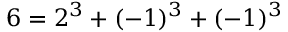
6 = 2 ^ { 3 } + ( - 1 ) ^ { 3 } + ( - 1 ) ^ { 3 }